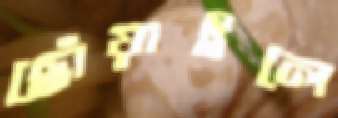
ছোঁয়াইলে